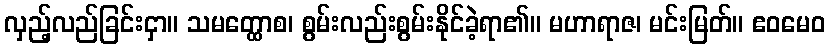
လှည့်လည်ခြင်းငှာ။ သမတ္ထောစ၊ စွမ်းလည်းစွမ်းနိုင်ခဲ့ရာ၏။ မဟာရာဇ၊ မင်းမြတ်။ ဧဝမေဝ